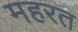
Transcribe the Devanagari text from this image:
महरत